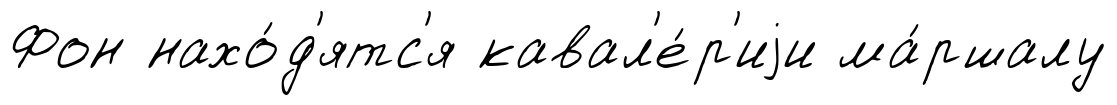
Фон нахо́д'ятс'я кавал'е́р'иjи ма́ршалу